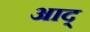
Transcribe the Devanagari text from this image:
आद्